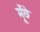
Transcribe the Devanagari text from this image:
मूँछे